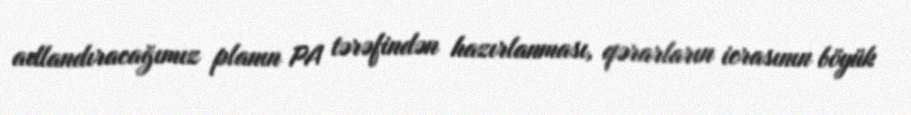
adlandıracağımız planın PA tərəfindən hazırlanması, qərarların icrasının böyük